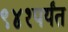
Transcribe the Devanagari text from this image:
९४१पर्यंत